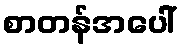
စာတန်အပေါ်